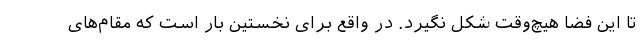
تا این فضا هیچ‌وقت شکل نگیرد. در واقع برای نخستین‌ بار است که مقام‌های